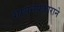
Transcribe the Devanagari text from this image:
गायनप्रकाराने